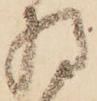
将